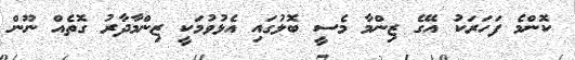
ކޮންމެ ފަހަރަކު އޭގެ ޒިންމާ މެސީ ބޮލުގައި އެޅުވުމަކީ ޒިންމާދާރު ގޮތެއް ނޫން